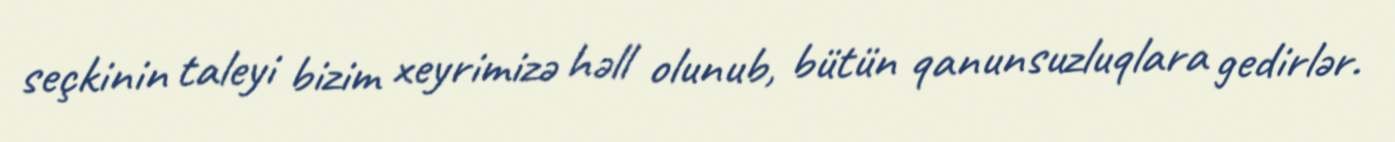
seçkinin taleyi bizim xeyrimizə həll olunub, bütün qanunsuzluqlara gedirlər.